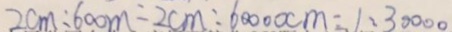
2 c m : 6 0 0 m = 2 c m : 6 0 0 0 0 c m = 1 : 3 0 0 0 0